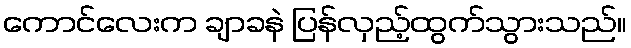
ကောင်လေးက ချာခနဲ ပြန်လှည့်ထွက်သွားသည်။